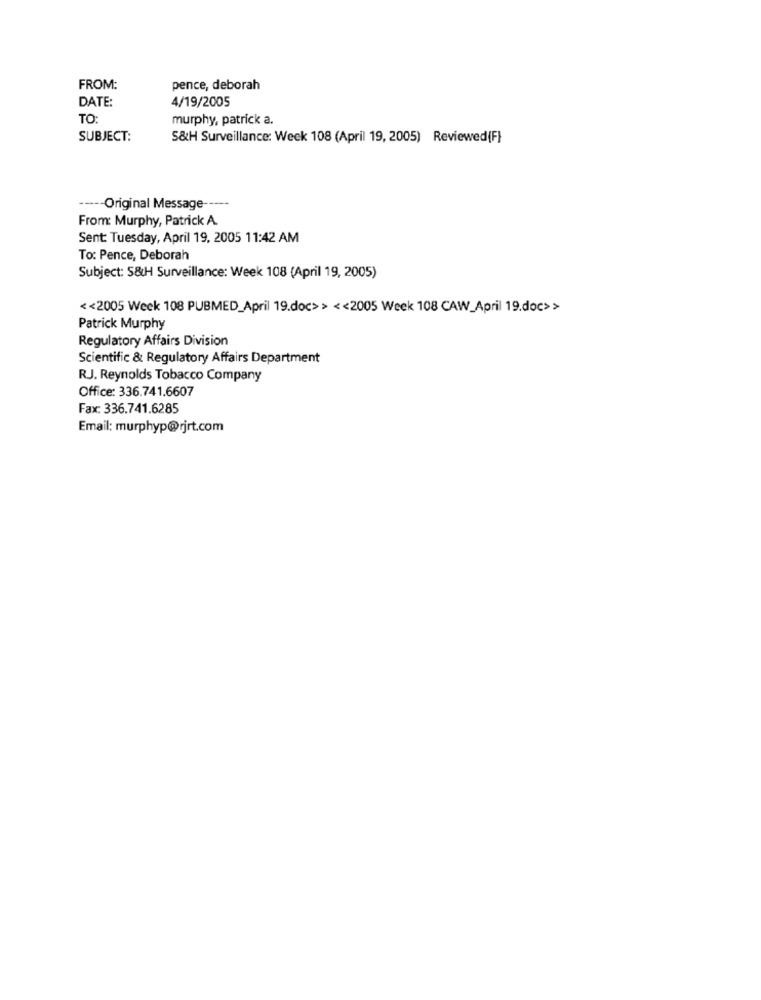
FROM:
pence, deborah
DATE:
4/19/2005
TO:
murphy, patrick a.
SUBJECT:
S&H Surveillance: Week 108 (April 19, 2005) Reviewed{F}
----- Original Message -----
From: Murphy, Patrick A.
Sent: Tuesday, April 19, 2005 11:42 AM
To: Pence, Deborah
Subject: S&H Surveillance: Week 108 (April 19, 2005)
<< 2005 Week 108 PUBMED_April 19.doc> > << 2005 Week 108 CAW_April 19.doc> >
Patrick Murphy
Regulatory Affairs Division
Scientific & Regulatory Affairs Department
RJ. Reynolds Tobacco Company
Office: 336.741.6607
Fax: 336.741.6285
Email: murphyp@rjrt.com